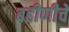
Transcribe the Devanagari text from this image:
बहीणीचे